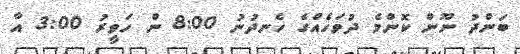
ބަންދު ނޫން ކޮންމެ ދުވަހެއްގެ ހެނދުނު 8:00 ން ހަވީރު 3:00 އާ